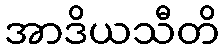
အာဒိယသီတိ